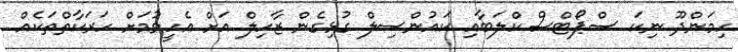
ހިމަންދޫ ނިކަ ސްޕޯޓްސް ކްލަބާއި ކައުންސިލް ގުޅިގެން ޒާހިލް އަށް އެހީވުމަށް ހަރަކާތްތަކެއް